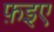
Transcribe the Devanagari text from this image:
फ़इए